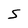
Character: S